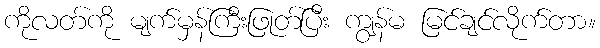
ကိုလတ်ကို မျက်မှန်ကြီးဖြုတ်ပြီး ကျွန်မ မြင်ချင်လိုက်တာ။